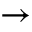
\rightarrow